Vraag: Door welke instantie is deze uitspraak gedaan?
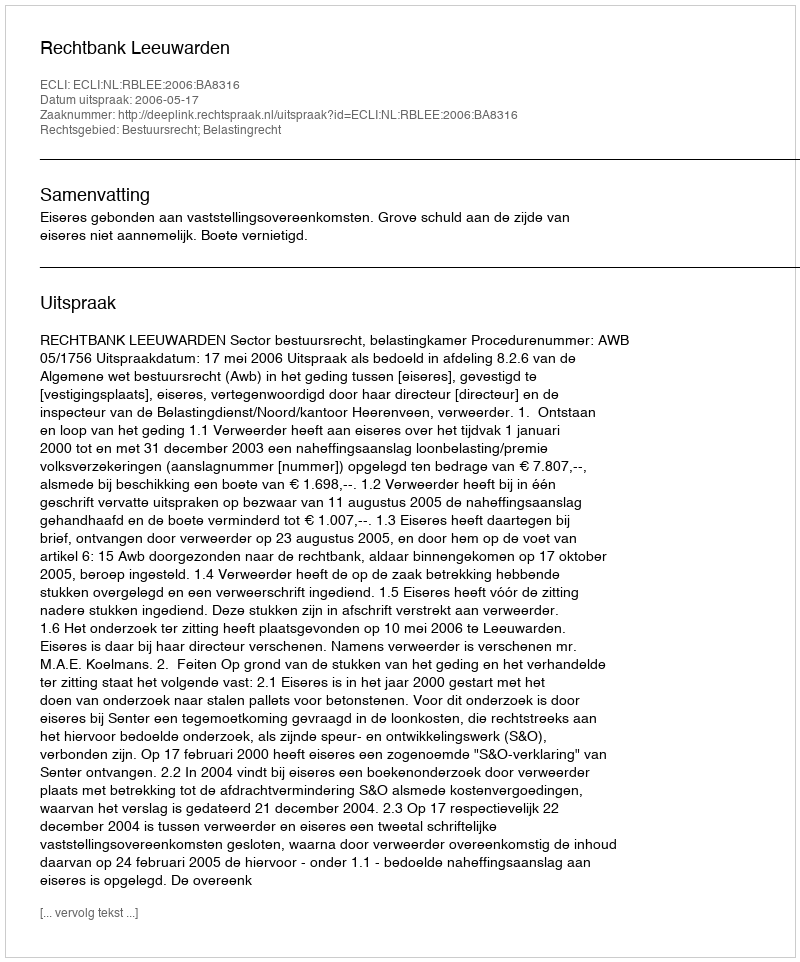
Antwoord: Rechtbank Leeuwarden